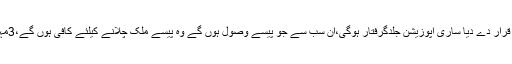
وزیراعظم نے اپوزیشن جماعتوں کوچورٹھگ قرار دے دیا ساری اپوزیشن جلدگرفتار ہوگی،ان سب سے جو پیسے وصول ہوں گے وہ پیسے ملک چلانے کیلئے کافی ہوں گے،3مہینوں میں ملک کو بحرانوں سے نکال لیں گے۔